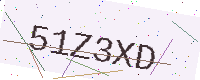
Text: 51Z3XD